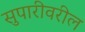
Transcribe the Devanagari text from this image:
सुपारीवरील